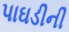
પાઘડીની